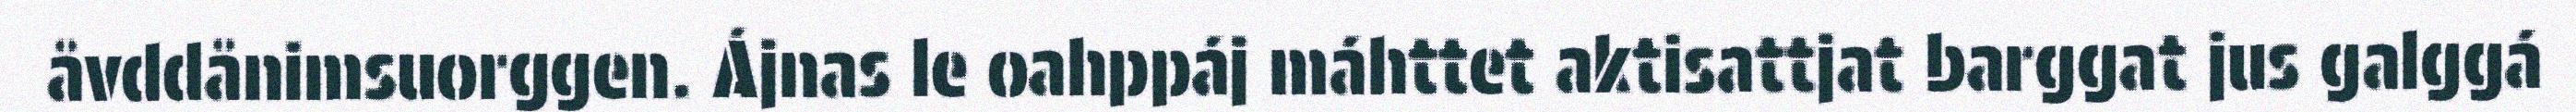
åvddånimsuorggen. Ájnas le oahppáj máhttet aktisattjat barggat jus galggá